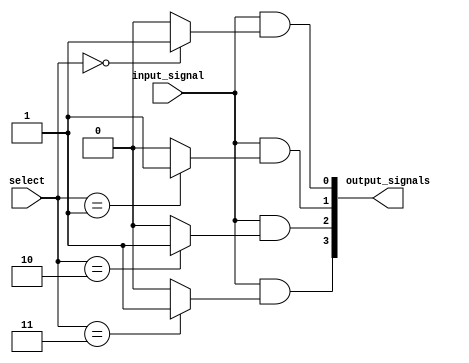
module demux_1to4 (
    input wire [1:0] select,
    input wire input_signal,
    output wire [3:0] output_signals
);

// Binary decoder
wire [3:0] decoder_output;
assign decoder_output[0] = (select == 2'b00) ? 1'b1 : 1'b0;
assign decoder_output[1] = (select == 2'b01) ? 1'b1 : 1'b0;
assign decoder_output[2] = (select == 2'b10) ? 1'b1 : 1'b0;
assign decoder_output[3] = (select == 2'b11) ? 1'b1 : 1'b0;

// AND gates
assign output_signals[0] = input_signal & decoder_output[0];
assign output_signals[1] = input_signal & decoder_output[1];
assign output_signals[2] = input_signal & decoder_output[2];
assign output_signals[3] = input_signal & decoder_output[3];

endmodule